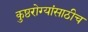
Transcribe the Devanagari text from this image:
कुष्ठरोग्यांसाठीच